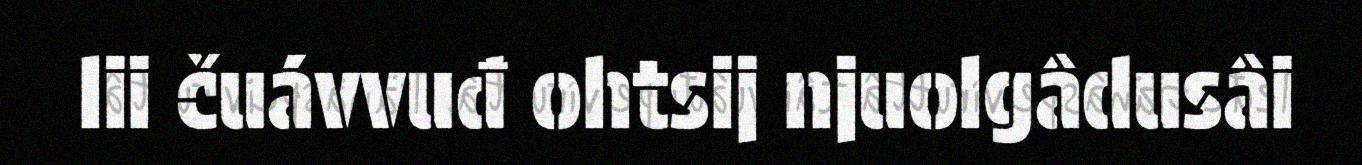
lii čuávvuđ ohtsij njuolgâdusâi